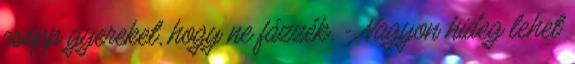
csöpp gyereket, hogy ne fázzék. - Nagyon hideg lehet